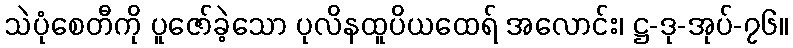
သဲပုံစေတီကို ပူဇော်ခဲ့သော ပုလိနထူပိယထေရ် အလောင်း၊ ဋ္ဌ-ဒု-အုပ်-၇၆။